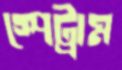
স্পেট্রাম